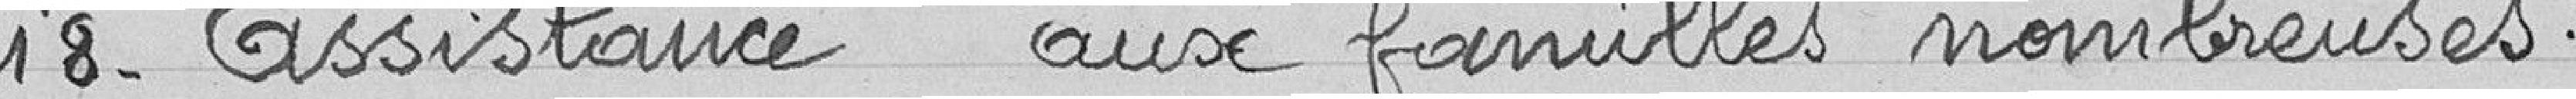
18- Assistance aux familles nombreuses